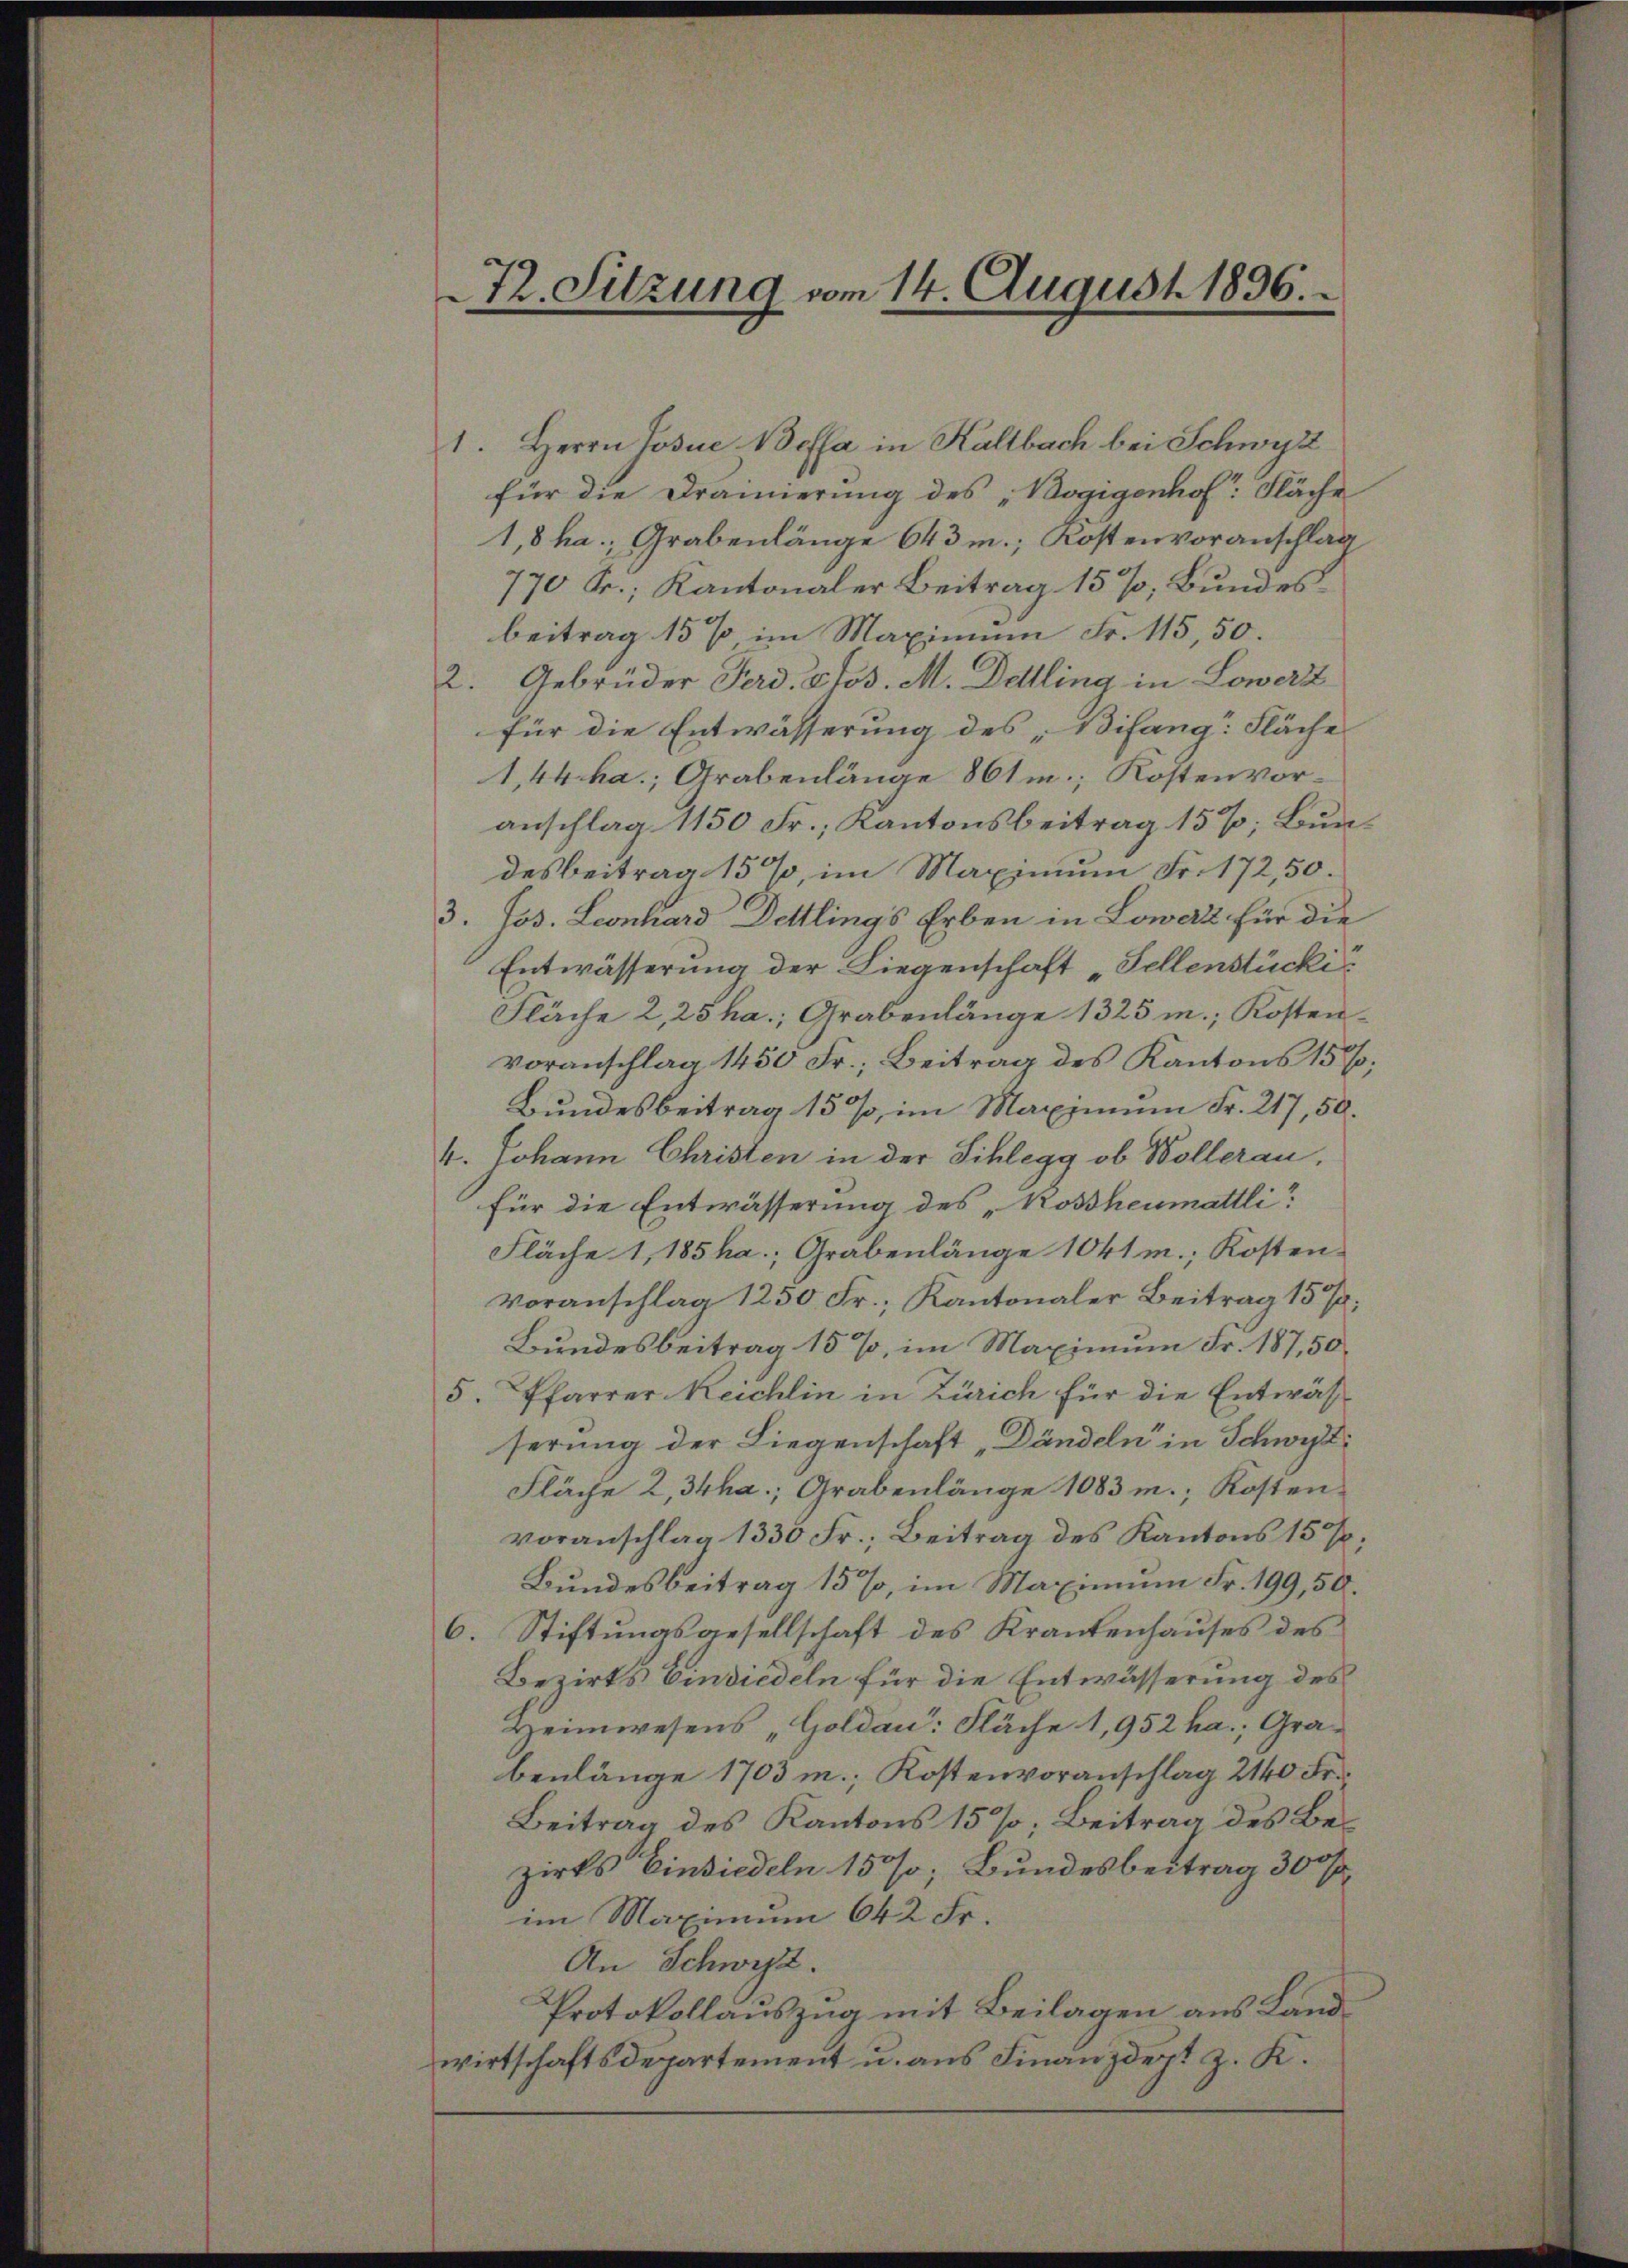
1. Herrn Josue Beffa in Kaltbach bei Schwyz
für die Dramierung des „Bogigenhof Fläche
1,8 ha; Grabenlänge 643 m.; Kostenvoranschlag
770 Fr.; Kantonaler Beitrag 15%, Bundesbeitrag 15% im Maximum Fr. 115, 50.
2. Gebrüder Ferd. Stos. M. Delling in Lowerz
für die Entwässerung des „Bifang: Fläche
1,44 ha.; Grabenlänge 861 m; Kostenvoranschlag 1150 Fr.; Kantonsbeitrag 15%; Bundesbeitrag 15%, im Maximum Fr. 172,50.
3. Jos. Leonhard Dettlings Erben in Lower für die
Entwässerung der Liegenschaft, Fellenstücki
Fläche 2,25 ha.; Grabenlänge 1325 m.; Kostenvoranschlag 1450 Fr.; Beitrag des Kantons 15%;
Bundesbeitrag 15%, im Maximum Fr. 217, 50.
4. Johann Christen in der Schlegg ob Wollerau,
für die Entwässerung des „Kossheumattli
Fläche 1, 185 ha; Grabenlänge 1041 m.; Kosten
Voranschlag 1250 Fr.; Kantonaler Beitrag 15/
Bundesbeitrag 15%, im Maximum Fr. 187,50
5. Pfarrer Meichlin in Zürich für die Entwässerung der Liegenschaft „Dändeln in Schwyt
Fläche 2 34ha; Grabenlänge 1083 m.; Kostenvoranschlag 1330 Fr.; Beitrag des Kantons 157;
Bundesbeitrag 15%, im Maximum Fr. 199, 50.
6. Stiftungsgesellschaft des Krankenhauses des
Bezirks Einsiedeln für die Entwässerung des
Heimwesens „Goldau: Fläche 1,952 ha.; Grabenlänge 1703 m. Kostenvoranschlag 2140 Fr.
Beitrag des Kantons 15%; Beitrag des Bezirks Einsiedeln 150%; Bundesbeitrag 300fr.
im Maximum 642 Fr.
An Schwyz.
Protokollauszug mit Beilagen aus Landwirtschaftsdepartement u. aus Finanzdept z. K.

T. Sitzung vom 14. August 1836.